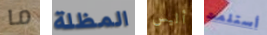
ما المظلة أليس أستلمت